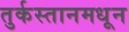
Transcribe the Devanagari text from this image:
तुर्कस्तानमधून